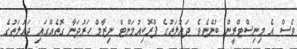
ވެސް އެ މިނިސްޓްރީން ބުންޏެވެ. ދައުލަތުގެ ޕްރޮކިއުމަންޓް ނިޒާމް ހަރުދަނާ ގޮތެއްގައި ދައުލަތުގެ